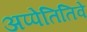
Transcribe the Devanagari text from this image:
अप्पेतितिवे